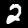
Digit: 2